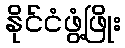
နိုင်ငံဖွံ့ဖြိုး